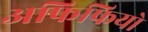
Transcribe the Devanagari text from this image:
अफिफियो